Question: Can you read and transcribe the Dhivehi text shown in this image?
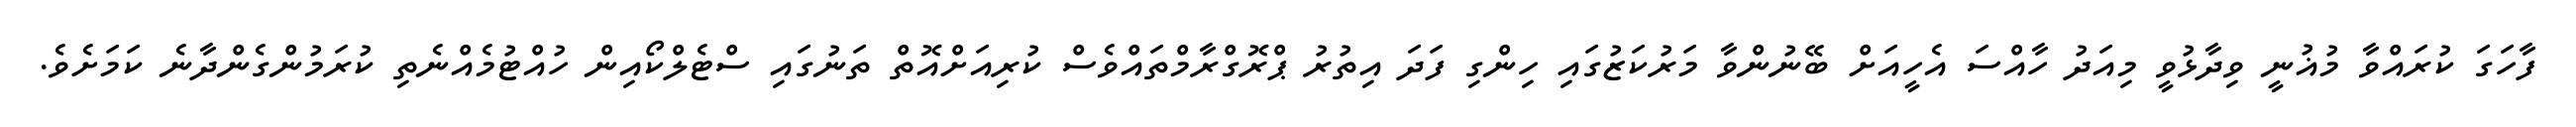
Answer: ފާހަގަ ކުރައްވާ މުޣުނީ ވިދާޅުވީ މިއަދު ހާއްސަ އެހީއަށް ބޭނުންވާ މަރުކަޒުގައި ހިންގި ފަދަ އިތުރު ޕްރޮގްރާމްތައްވެސް ކުރިއަށްއޮތް ތަނުގައި ސްޓެލްކޯއިން ހުއްޓުމެއްނެތި ކުރަމުންގެންދާނެ ކަމަށެވެ.